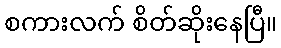
စကားလက် စိတ်ဆိုးနေပြီ။